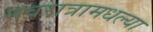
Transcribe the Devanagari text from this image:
नवरात्रामधल्या